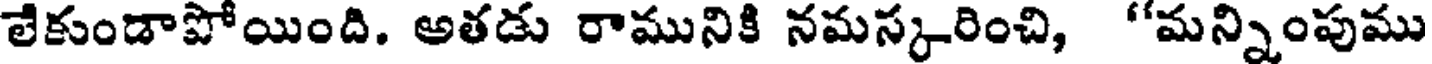
లేకుండాపోయింది. అతడు రామునికి నమస్కరించి, "మన్నింపుము